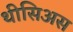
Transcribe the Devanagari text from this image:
थीसिअस